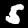
Digit: 5